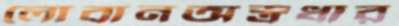
লোবানঅস্ত্রধার